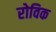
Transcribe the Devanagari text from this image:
रोविक